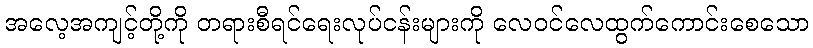
အလေ့အကျင့်တို့ကို တရားစီရင်ရေးလုပ်ငန်းများကို လေဝင်လေထွက်ကောင်းစေသော